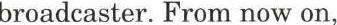
broadcaster. From now on,